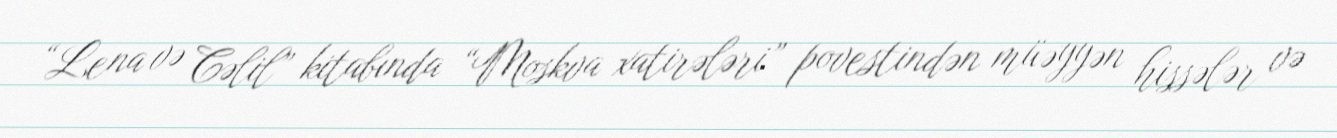
“Lena və Cəlil” kitabında “Moskva xatirələri” povestindən müəyyən hissələr və